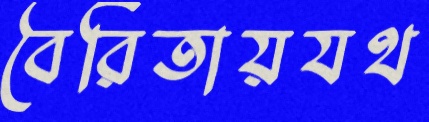
বৈরিতায়যথ